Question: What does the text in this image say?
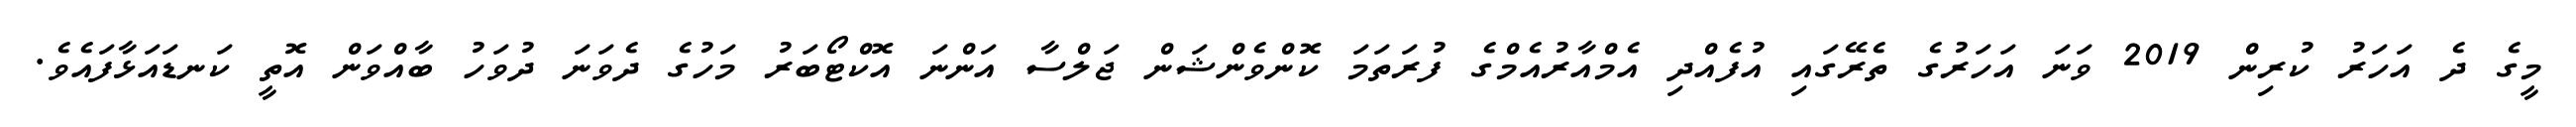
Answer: މީގެ ދެ އަހަރު ކުރިން 2019 ވަނަ އަހަރުގެ ތެރޭގައި އުފެއްދި އެމްއާރުއެމްގެ ފުރަތަމަ ކޮންވެންޝަން ޖަލްސާ އަންނަ އޮކްޓޯބަރު މަހުގެ ދެވަނަ ދުވަހު ބާއްވަން އޮތީ ކަނޑައަޅާފައެވެ.